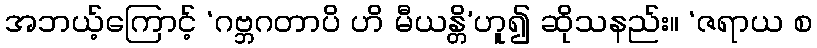
အဘယ့်ကြောင့် ‘ဂဗ္ဘဂတာပိ ဟိ မီယန္တိ’ဟူ၍ ဆိုသနည်း။ ‘ဇရာယ စ